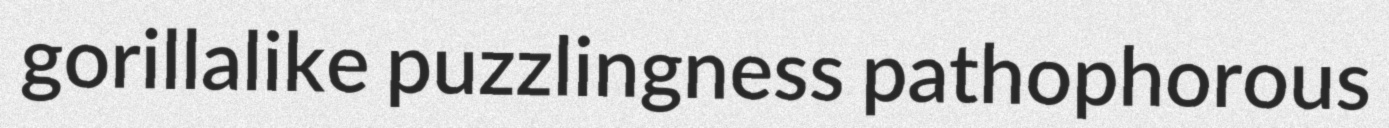
gorillalike puzzlingness pathophorous